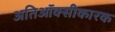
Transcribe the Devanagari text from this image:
अतिऑक्सीकारक